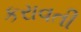
કરાવતી